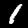
Label: 1